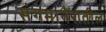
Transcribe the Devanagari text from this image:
संगमानेरातील